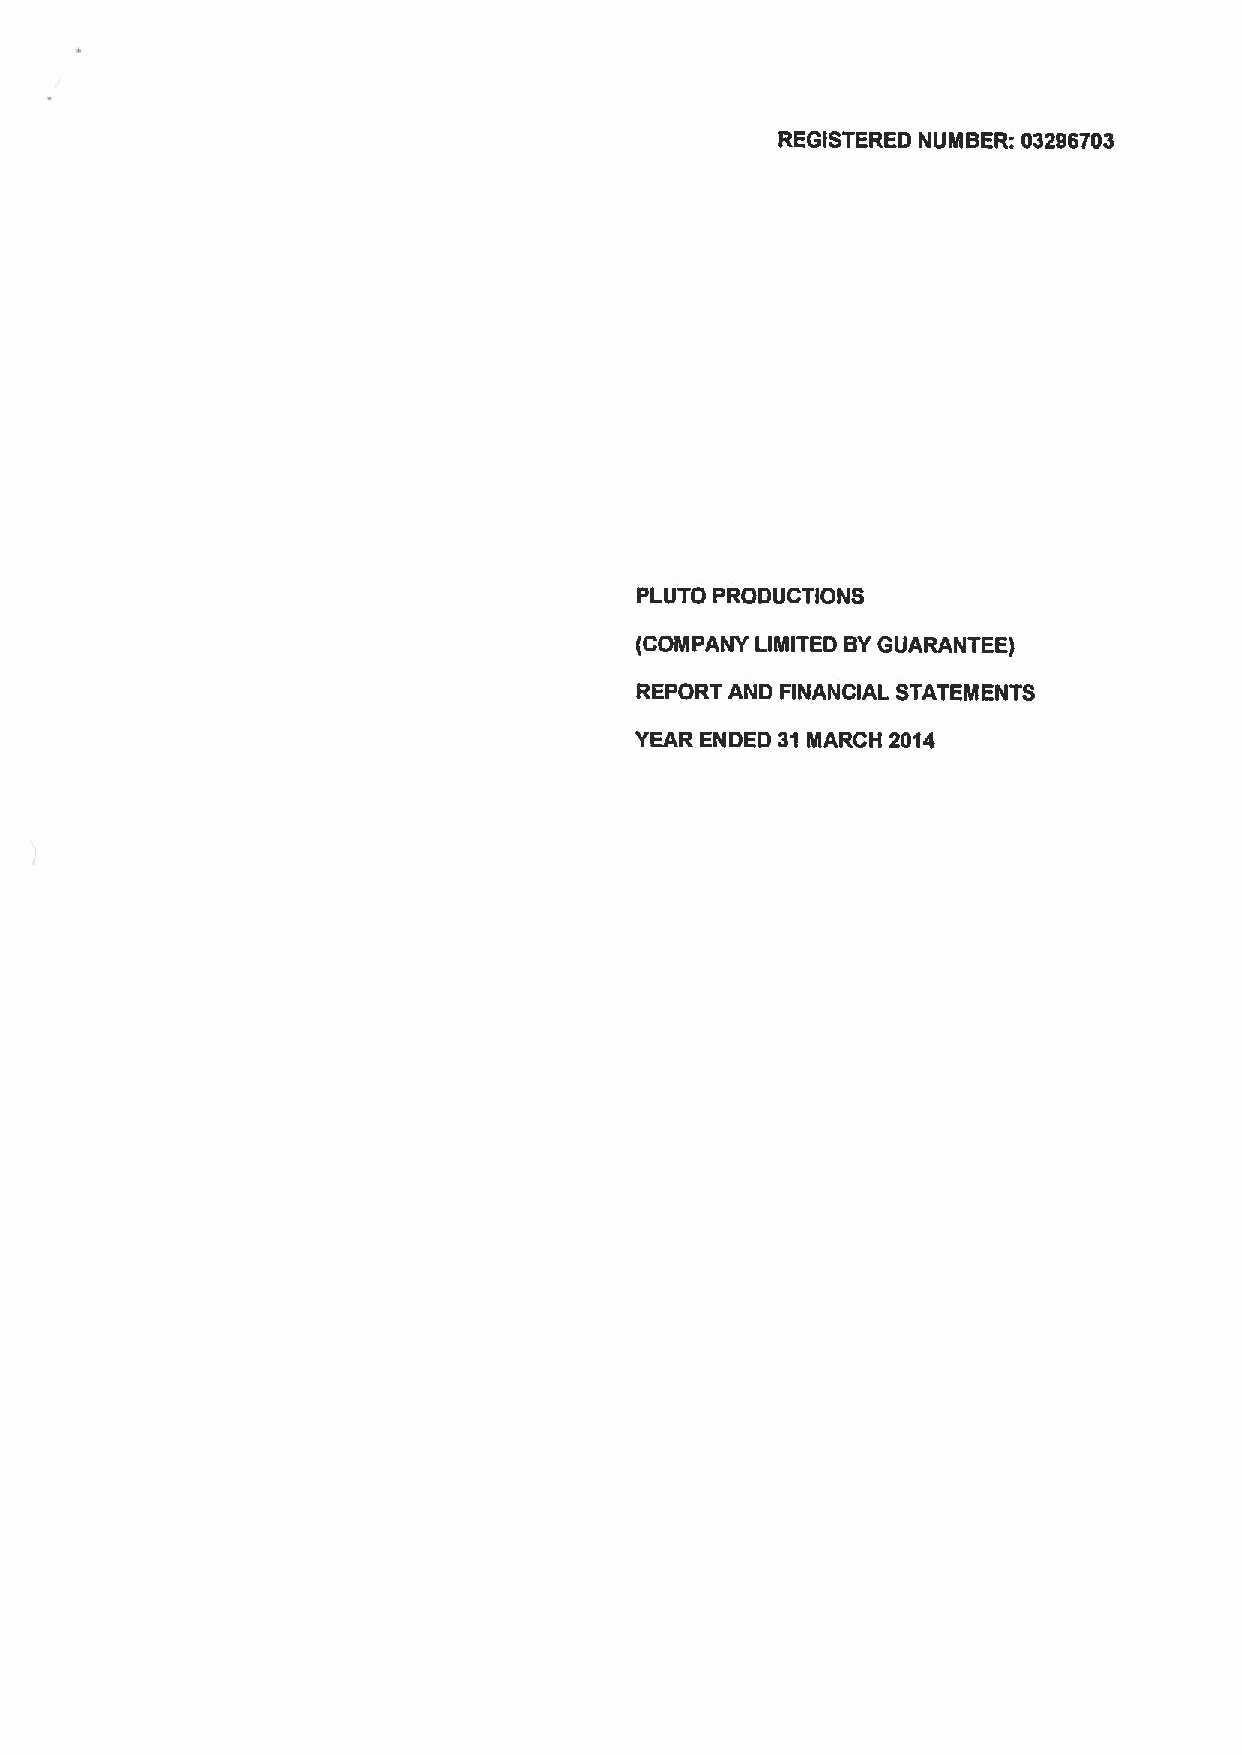
REGISTERED NUMBER: 03296703
 PLUTO PRODUCTIONS
 (COMPANY LIMITED BYGUARANTEE)
 REPORT AND FINANCIAL STATEMENTS
 YEAR ENDED 31MARCH 2014